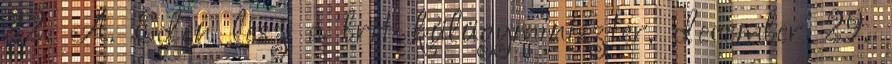
22. A. Eden lesz a brit külügyminiszter. december 29.